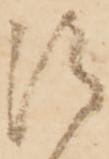
御